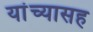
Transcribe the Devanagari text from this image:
यांंच्यासह